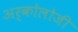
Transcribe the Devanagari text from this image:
अर्कोलोजी